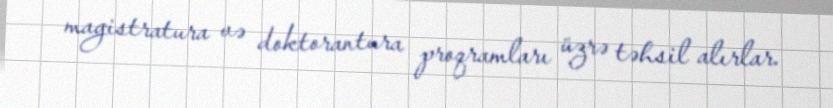
magistratura və doktorantura proqramları üzrə təhsil alırlar.